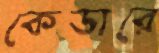
কেডারে